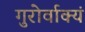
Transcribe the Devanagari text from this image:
गुरोर्वाक्यं